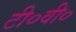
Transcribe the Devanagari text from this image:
टी०वी०